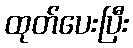
ထုတ်ပေးပြီး